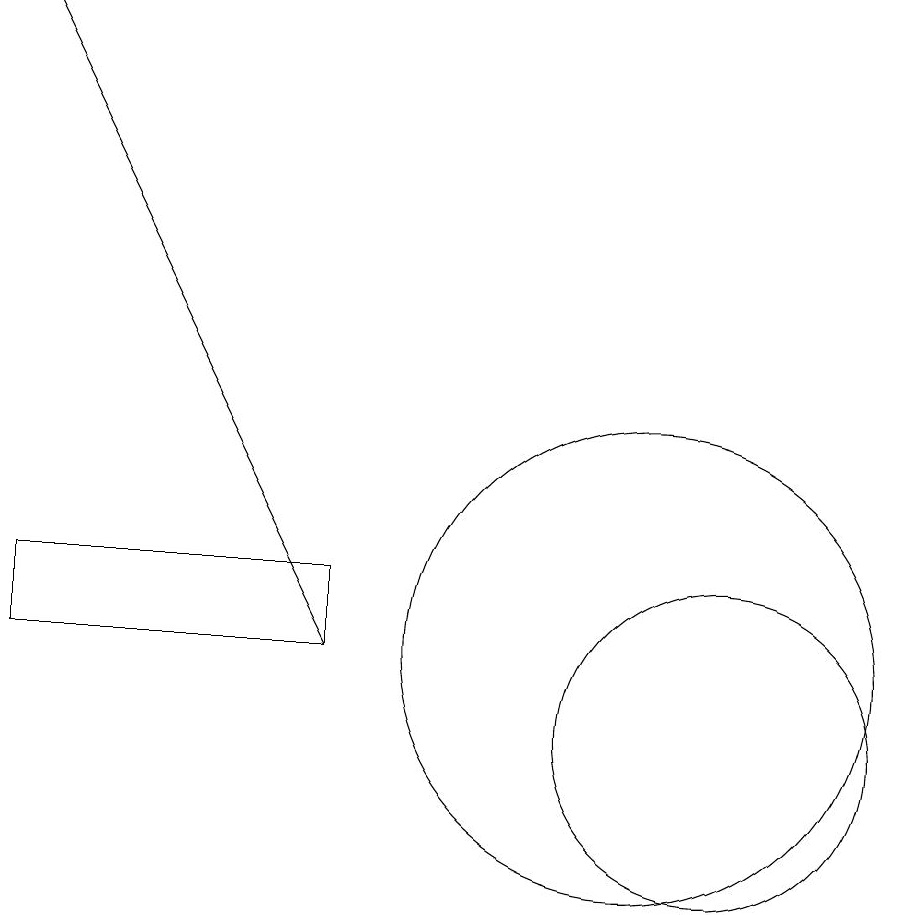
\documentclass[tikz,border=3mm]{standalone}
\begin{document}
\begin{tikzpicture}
\draw (10,11) circle (3);
\draw[->] (6,11) -- (2,19);
\draw (6,11) rectangle (2,12);
\draw (11,10) circle (2);
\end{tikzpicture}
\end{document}